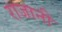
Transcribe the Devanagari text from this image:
राजानी